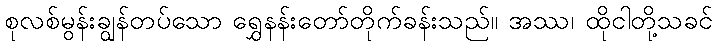
စုလစ်မွန်းချွန်တပ်သော ရွှေနန်းတော်တိုက်ခန်းသည်။ အဿ၊ ထိုငါတို့သခင်